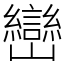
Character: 巒